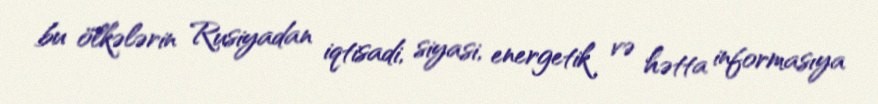
bu ölkələrin Rusiyadan iqtisadi, siyasi, energetik və hətta informasıya